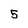
Character: 5